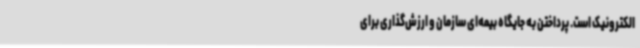
الکترونیک است. پرداختن به جایگاه بیمه‌ای سازمان و ارزش‌گذاری برای